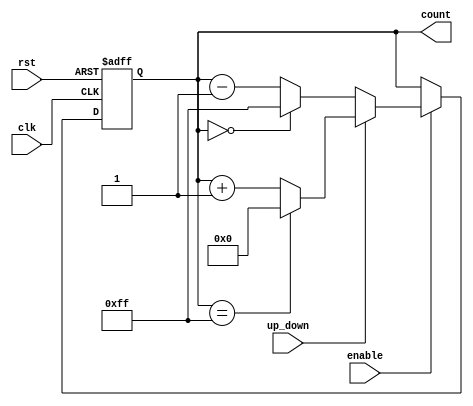
module UpDownCounter (
    input wire clk,            // Clock signal
    input wire rst,            // Asynchronous reset (active high)
    input wire up_down,        // Up/Down control signal
    input wire enable,         // Enable signal
    output reg [7:0] count     // 8-bit current count value
);

    // Define the maximum count value based on the width of the count
    localparam MAX_COUNT = 8'hFF;  // 255 for an 8-bit counter

    // Asynchronous reset
    always @(posedge clk or posedge rst) begin
        if (rst) begin
            count <= 8'b0;         // Reset count to 0
        end else if (enable) begin
            if (up_down) begin
                // Increment count
                if (count == MAX_COUNT) begin
                    count <= 8'b0; // Wrap around to 0
                end else begin
                    count <= count + 1'b1; // Increment count
                end
            end else begin
                // Decrement count
                if (count == 8'b0) begin
                    count <= MAX_COUNT; // Wrap around to MAX_COUNT
                end else begin
                    count <= count - 1'b1; // Decrement count
                end
            end
        end
    end

endmodule